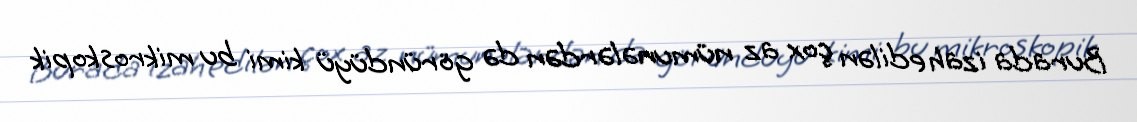
Burada izah edilən çox az nümunələrdən də göründüyü kimi bu mikroskopik